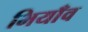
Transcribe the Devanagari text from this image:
भियाँव